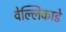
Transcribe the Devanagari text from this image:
वेल्लिकाडे